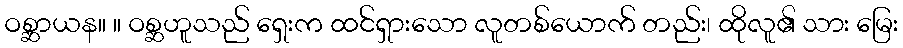
ဝစ္ဆာယန။ ။ ဝစ္ဆဟူသည် ရှေးက ထင်ရှားသော လူတစ်ယောက် တည်း၊ ထိုလူ၏ သား မြေး